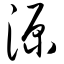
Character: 源